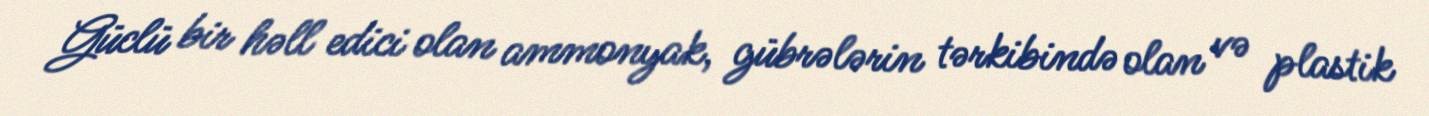
Güclü bir həll edici olan ammonyak, gübrələrin tərkibində olan və plastik